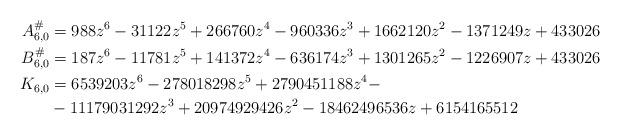
LaTeX: \begin{align*}A_{6,0}^{\#}&= 988z^6 - 31122z^5 + 266760z^4 - 960336z^3 + 1662120z^2 - 1371249z + 433026 \\B_{6,0}^{\#}&= 187z^6 - 11781z^5 + 141372z^4 - 636174z^3 + 1301265z^2 - 1226907z + 433026 \\K_{6,0} &= 6539203 z^6 - 278018298 z^5 + 2790451188 z^4 - \\ &- 11179031292z^3 + 20974929426z^2 - 18462496536z + 6154165512\end{align*}